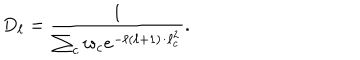
D _ { \ell } = { \frac { 1 } { \sum _ { c } w _ { c } e ^ { - \ell ( \ell + 1 ) / \ell _ { c } ^ { 2 } } } } .